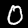
Digit: 0